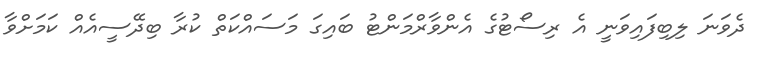
ދެވަނަ ލިބިފައިވަނީ އެ ރިސޯޓުގެ އެންވާރްމަންޓު ބައިގަ މަސައްކަތް ކުރާ ބިދޭސީއެއް ކަމަށްވާ